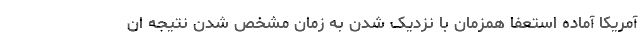
آمریکا آماده استعفا همزمان با نزدیک شدن به زمان مشخص شدن نتیجه ان